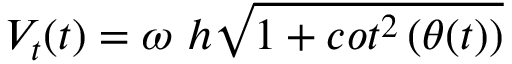
V _ { t } ( t ) = \omega \ h \sqrt { 1 + c o t ^ { 2 } \left( \theta ( t ) \right) }